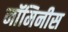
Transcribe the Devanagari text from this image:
नॉमिनीस